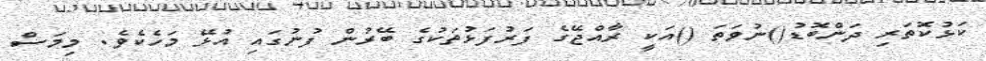
ކަޅުކޮތަރި ދަންބޮޑު()ނުވަތަ ()އަކީ ރާއްޖޭގެ ފަރުފަޅުތަކުގެ ބޭރުން ފުނުގައި އުޅޭ މަހެކެވެ. މިމަސް